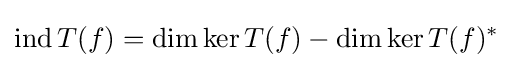
\operatorname {ind} T(f)=\dim \ker T(f)-\dim \ker T(f)^{*}